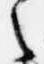
之